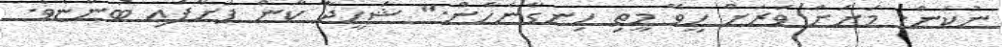
ނުކަން. މަށަށް ވަރަށް ހީވޭ މީތި ހިނގާނެހެން." ޝަހީދާ ކާން ފަށާފައި ބުންޏެވެ.